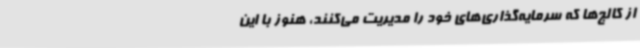
از کالج‌ها که سرمایه‌گذاری‌های خود را مدیریت می‌کنند، هنوز با این